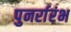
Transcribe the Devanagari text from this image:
पुनर्रारंभ